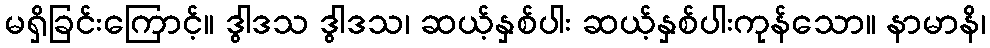
မရှိခြင်းကြောင့်။ ဒွါဒသ ဒွါဒသ၊ ဆယ့်နှစ်ပါး ဆယ့်နှစ်ပါးကုန်သော။ နာမာနိ၊